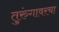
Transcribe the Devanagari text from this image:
तुरुंगावरचा